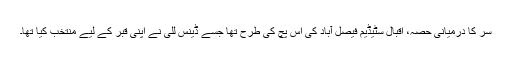
سر کا درمیانی حصہ، اقبال سٹیڈیم فیصل آباد کی اس پچ کی طرح تھا جسے ڈینس للّی نے اپنی قبر کے لیے منتخب کیا تھا۔